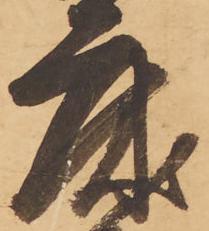
床